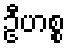
ဦဟစ္စ